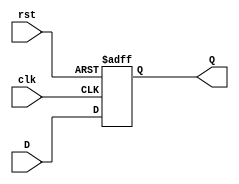
`timescale 1ns / 1ps
//////////////////////////////////////////////////////////////////////////////////
// Company: 
// Engineer: 
// 
// Design Name: 
// Module Name: FlipFlop
// Project Name: 
// Target Devices: 
// Tool Versions: 
// Description: 
// 
// Dependencies: 
// 
// Revision:
// Revision 0.01 - File Created
// Additional Comments:
// 
//////////////////////////////////////////////////////////////////////////////////

module FlipFlop(input clk, input rst, input D, output reg Q);
always @(posedge clk or posedge rst)
if (rst) begin 
Q <= 1'b0; end 
else begin 
Q<=D; 
end
endmodule